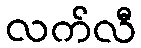
လက်လီ